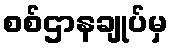
စစ်ဌာနချုပ်မှ